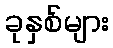
ခုနှစ်များ